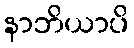
နာဘိယာပိ